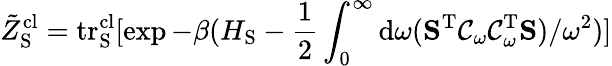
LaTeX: \tilde{Z}_{\mathrm{S}}^{\mathrm{cl}}=\mathrm{tr}_{\mathrm{S}}^{\mathrm{cl}}[\exp{-\beta(H_{\mathrm{S}}-\frac{1}{2}\int_{0}^{\infty}\mathrm{d}\omega(\mathbf{S}^{\mathrm{T}}\mathcal{C}_{\omega}\mathcal{C}_{\omega}^{\mathrm{T}}\mathbf{S})/\omega^{2})}]